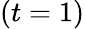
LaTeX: (t=1)